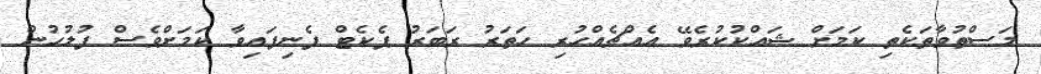
މަސްތުވާތަކެތި ކަމަށް ޝައްކުކުރެވޭ އެއްޗެއްހުރި ހަތަރު ރަބަރު ޕެކެޓް ފެނިފައިވާ ކަމަށްވެސް ފުލުހުން